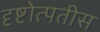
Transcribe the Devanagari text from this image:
दृष्टोत्पतीस